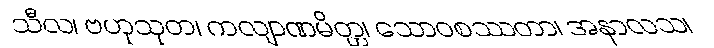
သီလ၊ ဗဟုသုတ၊ ကလျာဏမိတ္တ၊ သောဝစဿတာ၊ အနာလသ၊